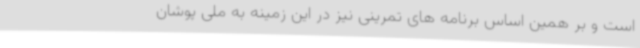
است و بر همین اساس برنامه های تمرینی نیز در این زمینه به ملی پوشان